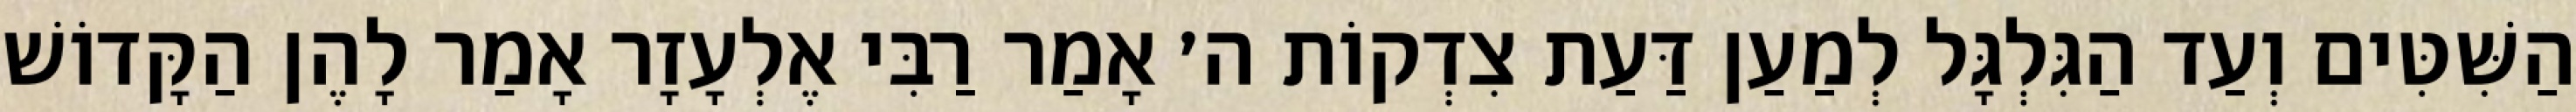
הַשִּׁטִּים וְעַד הַגִּלְגָּל לְמַעַן דַּעַת צִדְקוֹת ה׳ אָמַר רַבִּי אֶלְעָזָר אָמַר לָהֶן הַקָּדוֹשׁ